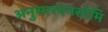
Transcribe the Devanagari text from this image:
अनुसारएनस्टेमि